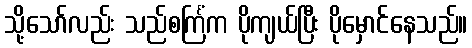
သို့သော်လည်း သည်စင်္ကြံက ပိုကျယ်ပြီး ပိုမှောင်နေသည်။